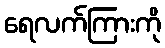
ရေလက်ကြားကို